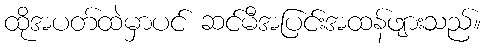
ထိုအပတ်ထဲမှာပင် ဆင်မီအပြင်းအထန်ဖျားသည်။